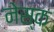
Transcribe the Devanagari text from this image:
नेस्क